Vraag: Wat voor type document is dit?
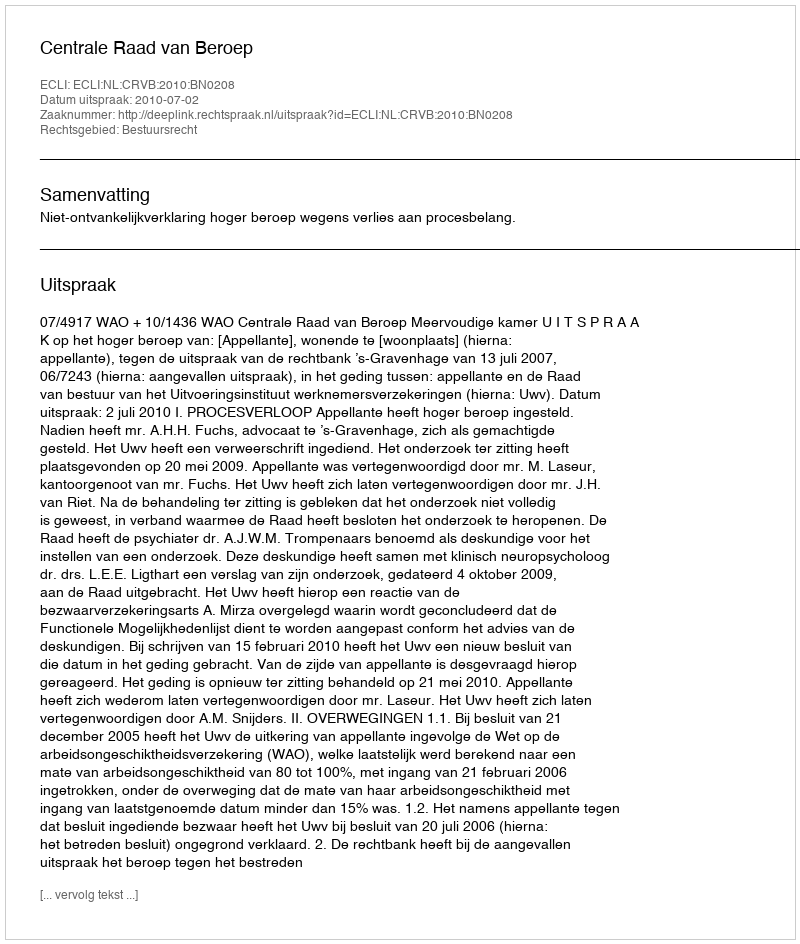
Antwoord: Uitspraak